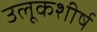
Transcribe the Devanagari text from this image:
उलूकशीर्ष